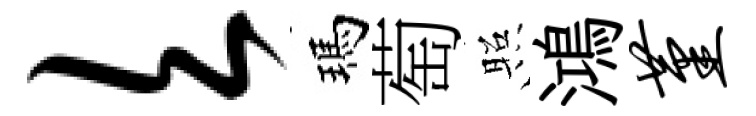
欠瑪萄照鴻堇